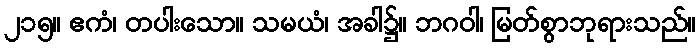
၂၁၅။ ဧကံ၊ တပါးသော။ သမယံ၊ အခါ၌။ ဘဂဝါ၊ မြတ်စွာဘုရားသည်။